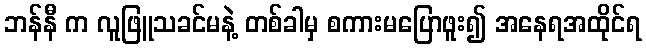
ဘန်နီ က လူဖြူသခင်မနဲ့ တစ်ခါမှ စကားမပြောဖူး၍ အနေရအထိုင်ရ